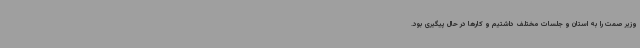
وزیر صمت را به استان و جلسات مختلف داشتیم و کارها در حال پیگیری بود.